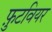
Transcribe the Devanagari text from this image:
फ़ुटवियर